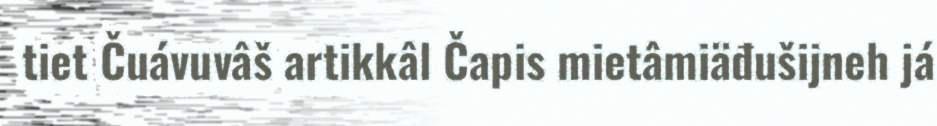
tiet Čuávuvâš artikkâl Čapis mietâmiäđušijneh já